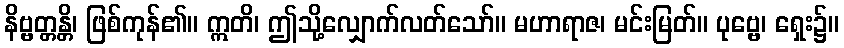
နိဗ္ဗတ္တန္တိ၊ ဖြစ်ကုန်၏။ ဣတိ၊ ဤသို့လျှောက်လတ်သော်။ မဟာရာဇ၊ မင်းမြတ်။ ပုဗ္ဗေ၊ ရှေး၌။